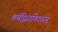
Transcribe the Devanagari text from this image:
कर्बद्विप्राणिदवायू